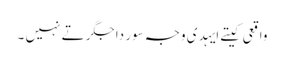
واقعی کیتے ایہدی وجہ سور دا جگر تے نہیں ۔